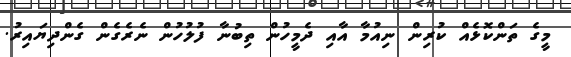
މީގެ ތަންކޮޅެއް ކުރިން ނިއުމާ އާއި ދެމީހުން ތިބުނާ ފުލުހުން ނެރެގެން ގެންދިޔައިރު.